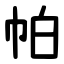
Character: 帕